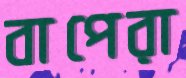
বাপেরা